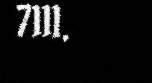
7111.